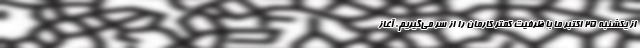
از یکشنبه ۲۵ اکتبر ما با ظرفیت کمتر کارمان را از سر می‌گیریم. آغاز